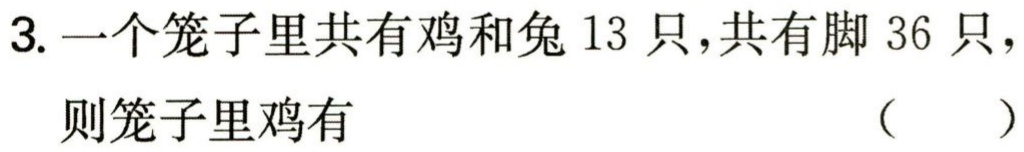
3. 一个笼子里共有鸡和兔 13 只，共有脚 36 只，

则笼子里鸡有 （  ）